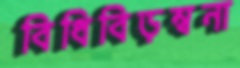
বিধিবিড়ম্বনা